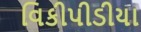
વિકીપીડીયા